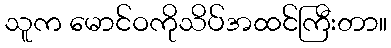
သူက မောင်ဝကိုသိပ်အထင်ကြီးတာ။